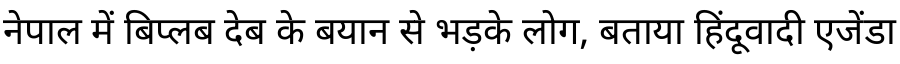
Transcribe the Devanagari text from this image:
नेपाल में बिप्लब देब के बयान से भड़के लोग, बताया हिंदूवादी एजेंडा